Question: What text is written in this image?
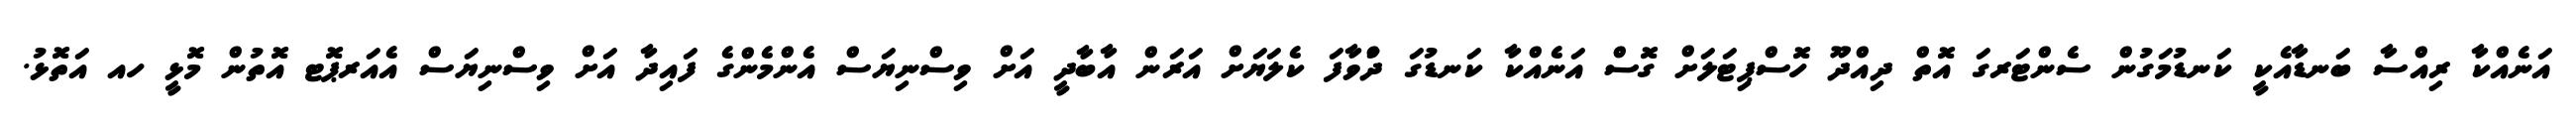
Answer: އަނެއްކާ ރިއްސާ ބަނޑާއެކީ ކަނޑުމަގުން ސެންޓަރގަ އޮތް ދިއްދޫ ހޮސްޕިޓަލަށް ގޮސް އަނެއްކާ ކަނޑުގަ ދުްވާފަ ކެލަޔަށް އަރަން އާބާދީ އަށް ވިސްނިޔަސް އެންމެންގެ ފައިދާ އަށް ވިސްނިޔަސް އެއަރޕޮޓ އޮތުން މޮޅީ ހއ އަތޮޅު.